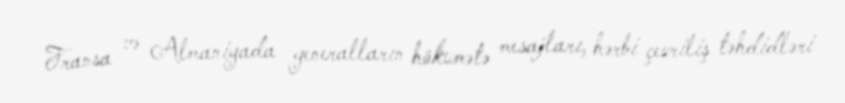
Fransa və Almaniyada generalların hökumətə mesajları, hərbi çevriliş təhdidləri